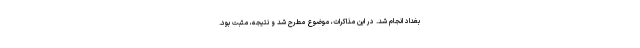
بغداد انجام شد. در این مذاکرات، موضوع مطرح شد و نتیجه، مثبت بود.